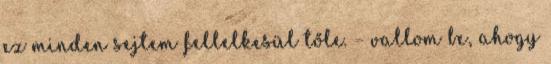
ez minden sejtem fellelkesül tőle. – vallom be, ahogy